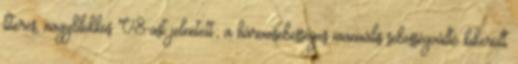
literes, nagyblokkos V8-ast jelentett; a háromsebességes manuális sebességváltó kikerült